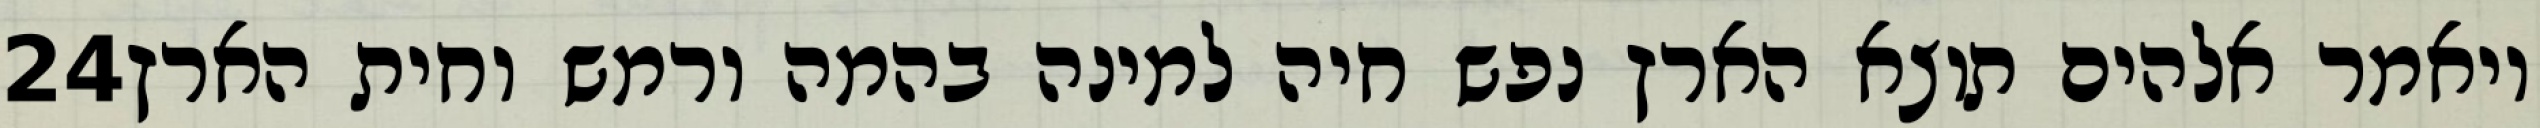
‎24‏ ויאמר אלהים תוצא הארץ נפש חיה למינה בהמה ורמש וחית הארץ